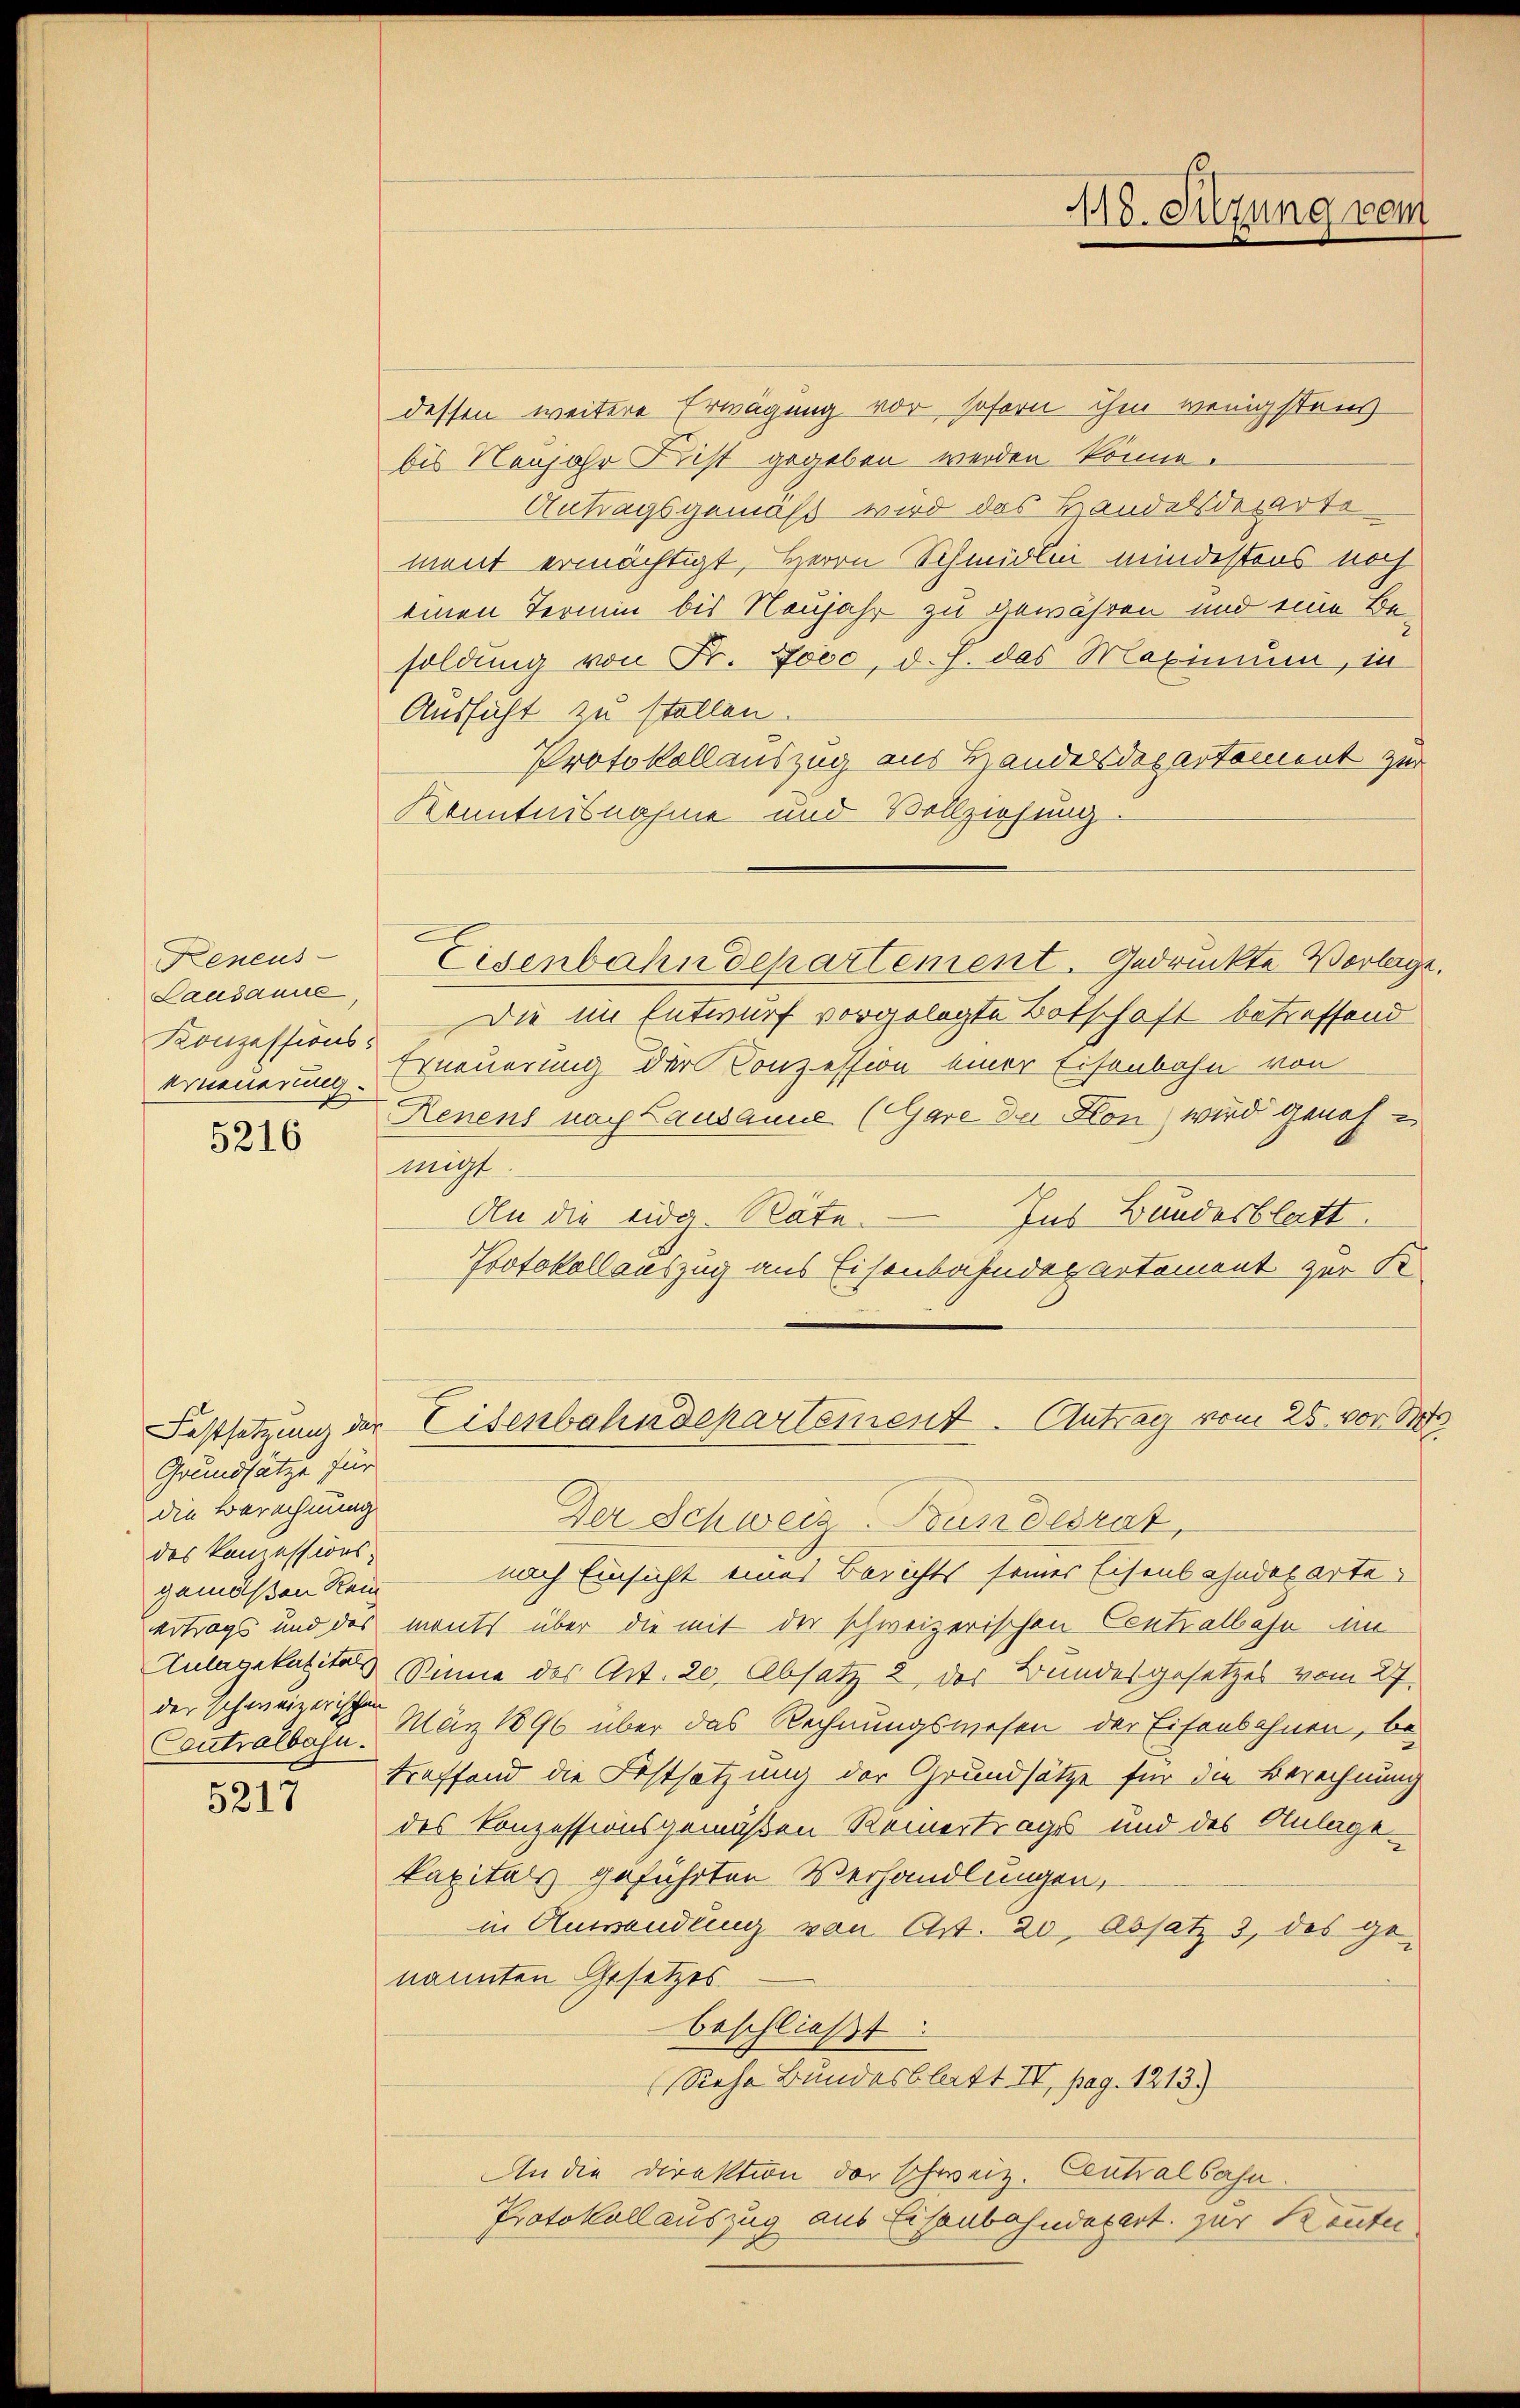
Keneus
Lausanne,
Konzessions-

5216

Grundsätze für
die Berechnung
des Konzessions-
gemäßen Rein
der schweizerischen

8317

Eisenbahndepartement. Gedruckte Vorlage

118. Sitzung vom

dessen weitere Erwägung vor sofern ihm wenigstens
bis Neujahr Krist gegeben werden könne.
Antragsgemäß wird das Handelsdeparte
ment ermächtigt, Herrn Schmidlin mindestens noch
einen Termin bis Neujahr zu gewäßen und eine Besoldung von Fr. Jose, d. h. das Maximum, in
Aussicht zu stellen.
Protokollauszug aus Handelsdepartement zur
Kenntnisnahme und Vollziehung:
Die im Entwurf vorgelegte Botschaft betreffend
Erneuerung Erneuerung der Conzession einer Eisenbahn von
Renens nach Lausanne (GGare der Kon) wird genohmigt.
An die eidg. Räte.
Ins Bundesblatt
Protokollauszug aus Eisenbahndepartement zur S
Festsetzung der Eisenbahndepartement - Antrag vom 25. vor. M
Der Schweiz. Bundesrat,
nach Einsicht eines Berichts seines Eisenbahndepartevertrags und des monts über die mit der schweizerischen Centralbahn um
Zulagekapital Sinne des Art. 20, Absatz 2 der Bundesgesetzes vom 27.
Eutralbahn März 1890 über das Rechnungswesen der Eisenbahnen, be-
treffend die Festsetzung der Grundsätze für die Berechnung
des Konzessionsgemäßen Reinertrags und des Anlage
kapitals geführten Verhandlungen,
in Anwendung von Art. 20, Absatz 3, des genannten Gesetzes
beschließt:
Siehe Bundesblatt IV, pag. 1213)
An die Direktion der schweiz. Centralbahn.
Protokollauszug aus Eisenbahndepert zur Kenten